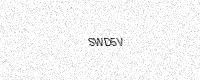
Text: SWD5V